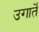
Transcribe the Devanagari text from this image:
उगार्ते